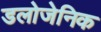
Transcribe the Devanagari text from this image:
डलोजेनिक